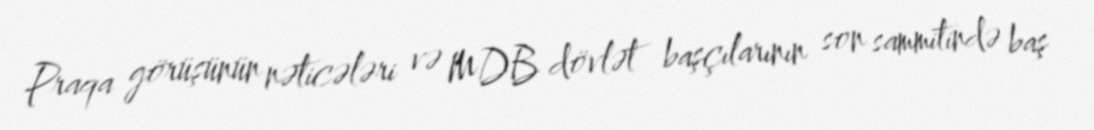
Praqa görüşünün nəticələri və MDB dövlət başçılarının son sammitində baş